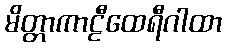
မိတ္တာကာဠီထေရီဂါထာ